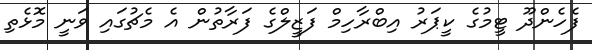
ފެހެންދޫ ޓީމުގެ ކީޕަރު އިބްރާހިމް ފަޒީލްގެ ފަރާތުން އެ މެޗުގައި ވަނީ މޮޅެތި